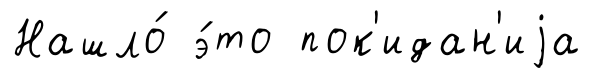
Нашло́ э́то пок'идан'иjа